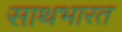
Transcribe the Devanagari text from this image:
साथभारत